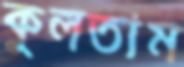
কুলতাম